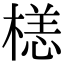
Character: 𣗹